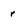
Character: r